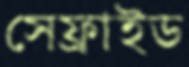
সেফ্রাইড